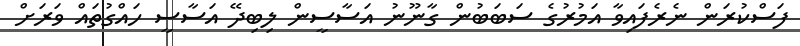
ފަސްކުރަން ނެރެފައިވާ އަމުރުގެ ސަބަބުން ގާނޫނު އަސާސީން ލިބިދޭ އަސާސީ ހައްގުތައް ވަރަށް